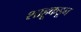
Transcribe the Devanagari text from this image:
शाहूकडून